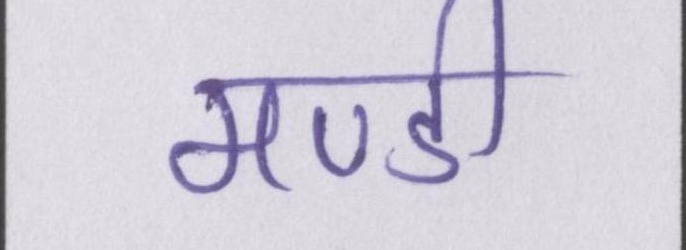
मण्डी